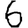
Digit: 6